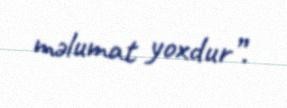
məlumat yoxdur”.